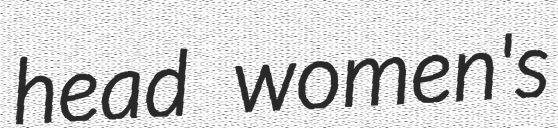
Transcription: head women's